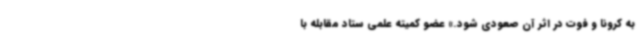
به کرونا و فوت در اثر آن صعودی شود.» عضو کمیته علمی ستاد مقابله با